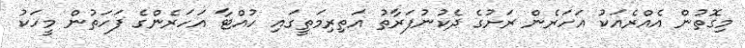
މިގޮތުން އެއްރެއަކު އަހަރެން ރަށުގެ ދެކުނުފަރާތު އަތިރިމަތީގައި ހުއްޓާ އަހަރެންގެ ފަހަތުން މީހަކު